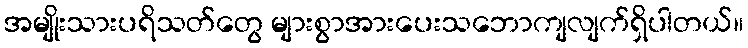
အမျိုးသားပရိသတ်တွေ များစွာအားပေးသဘောကျလျက်ရှိပါတယ်။